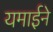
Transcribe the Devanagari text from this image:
यमाईने